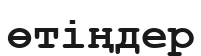
өтіңдер